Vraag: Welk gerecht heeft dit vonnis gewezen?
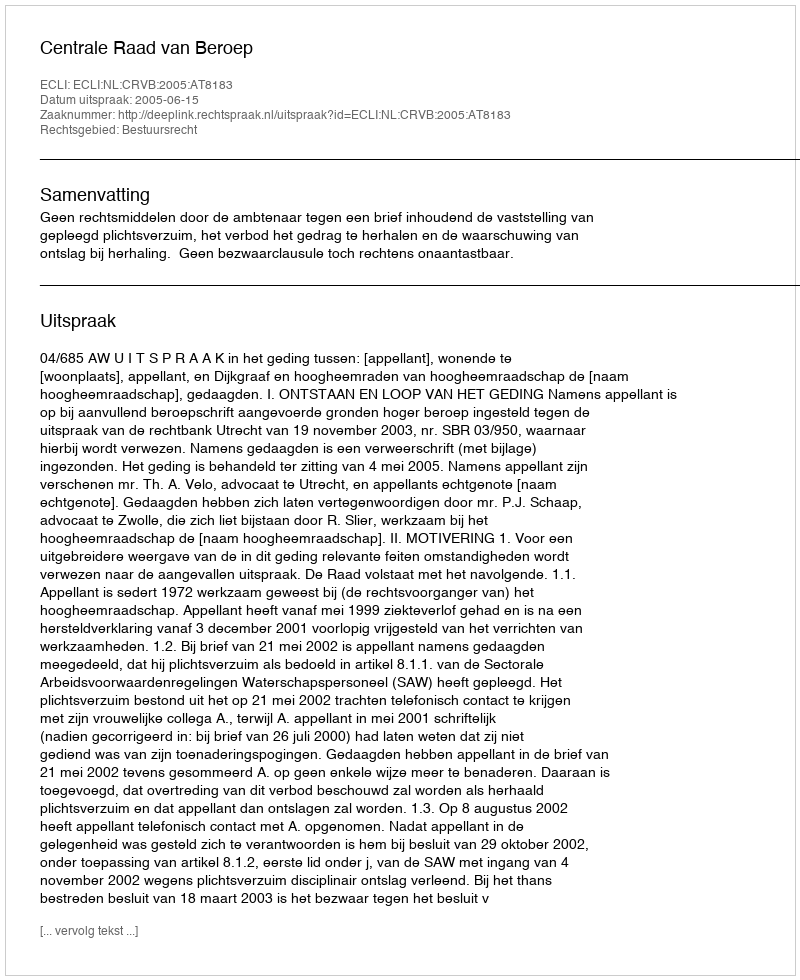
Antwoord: Centrale Raad van Beroep